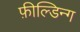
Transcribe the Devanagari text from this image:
फ़ील्डिन्ग